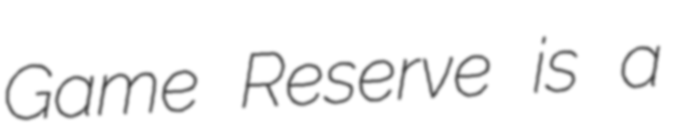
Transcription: Game Reserve is a